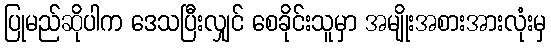
ပြုမည်ဆိုပါက ဒေသပြီးလျှင် စေခိုင်းသူမှာ အမျိုးအစားအားလုံးမှ